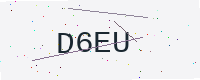
Text: D6EU